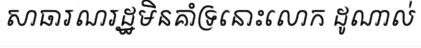
សាធារណរដ្ឋមិនគាំទ្រនោះលោក ដូណាល់